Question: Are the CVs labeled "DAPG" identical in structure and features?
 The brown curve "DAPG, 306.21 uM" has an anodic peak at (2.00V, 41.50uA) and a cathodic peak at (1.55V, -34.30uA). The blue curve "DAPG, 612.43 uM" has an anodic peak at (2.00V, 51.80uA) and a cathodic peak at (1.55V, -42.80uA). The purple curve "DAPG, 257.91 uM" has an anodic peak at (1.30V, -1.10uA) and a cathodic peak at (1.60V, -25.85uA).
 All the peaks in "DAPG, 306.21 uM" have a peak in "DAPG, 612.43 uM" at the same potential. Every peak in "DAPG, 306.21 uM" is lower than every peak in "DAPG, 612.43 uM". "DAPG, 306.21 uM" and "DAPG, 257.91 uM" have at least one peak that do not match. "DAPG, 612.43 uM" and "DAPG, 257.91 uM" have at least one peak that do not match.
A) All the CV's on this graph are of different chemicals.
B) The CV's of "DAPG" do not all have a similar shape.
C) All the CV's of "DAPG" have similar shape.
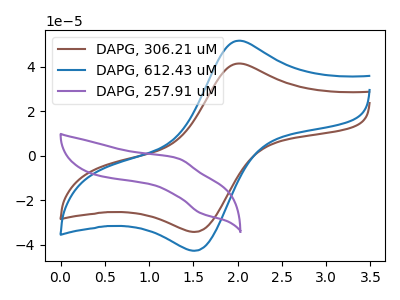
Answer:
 <answer>C) All the CV's of "DAPG" have similar shape.</answer>
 <eval>C</eval>